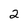
Character: 2